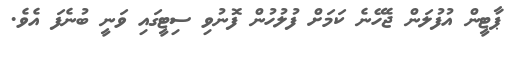
ޕާޓީން އުފުލަން ޖެހޭނެ ކަމަށް ފުލުހުން ފޮނުވި ސިޓީގައި ވަނީ ބުނެފަ އެވެ.